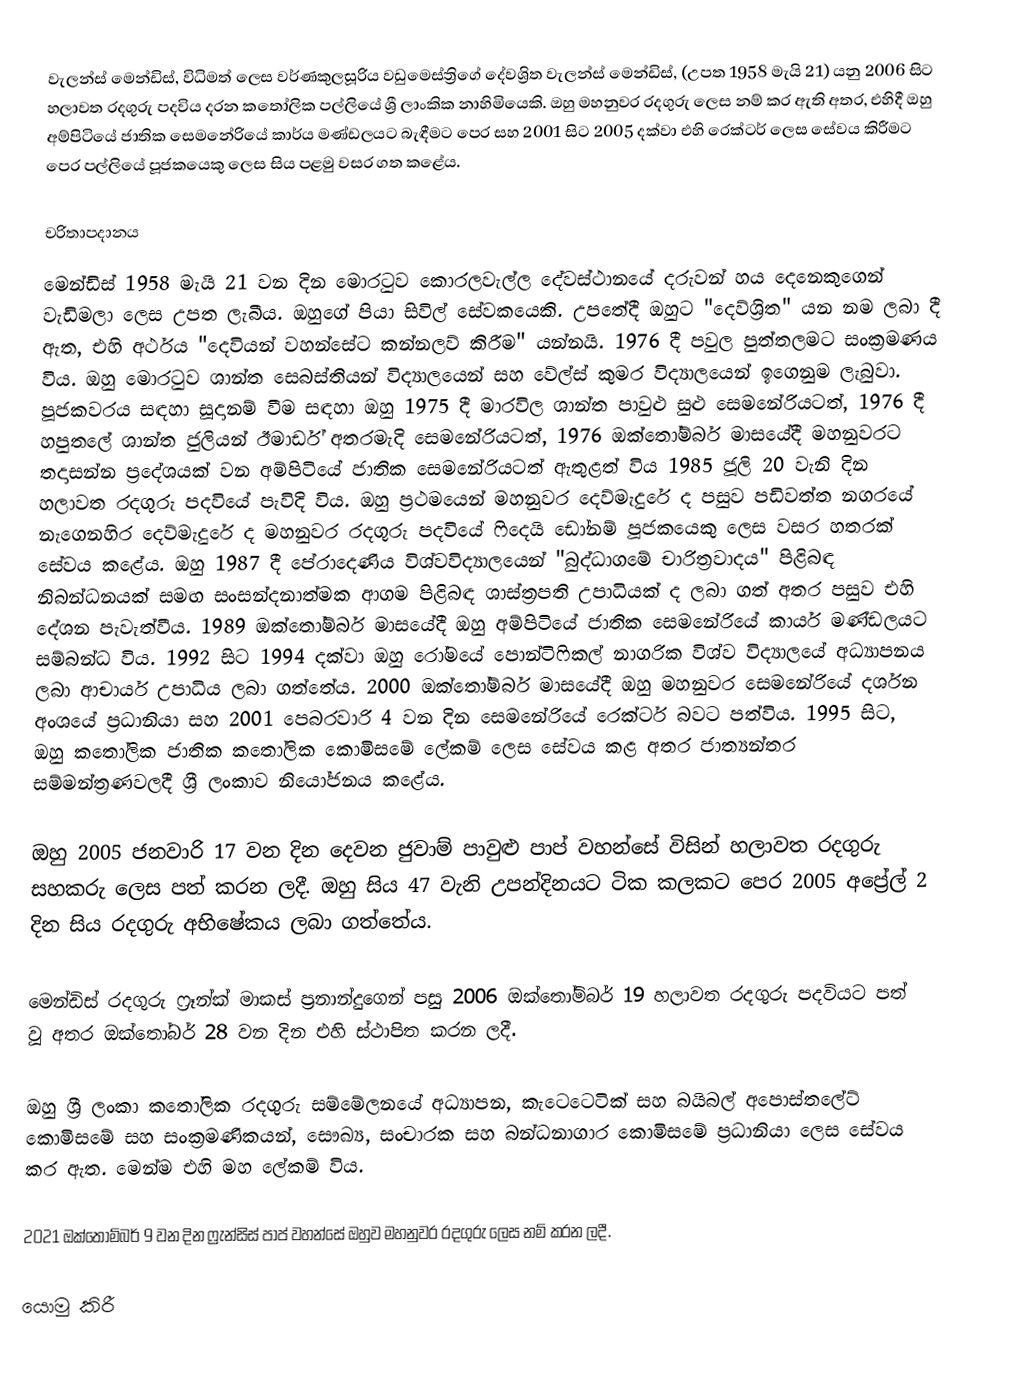
වැලන්ස් මෙන්ඩිස්,  විධිමත් ලෙස වර්ණකුලසූරිය වඩුමෙස්ත්‍රිගේ දේවශ්‍රිත වැලන්ස් මෙන්ඩිස්, (උපත 1958 මැයි 21) යනු 2006 සිට හලාවත රදගුරු පදවිය දරන කතෝලික පල්ලියේ ශ්‍රී ලාංකික නාහිමියෙකි. ඔහු මහනුවර රදගුරු ලෙස නම් කර ඇති අතර, එහිදී ඔහු අම්පිටියේ ජාතික සෙමනේරියේ කාර්ය මණ්ඩලයට බැඳීමට පෙර සහ 2001 සිට 2005 දක්වා එහි රෙක්ටර් ලෙස සේවය කිරීමට පෙර පල්ලියේ පූජකයෙකු ලෙස සිය පළමු වසර ගත කළේය.

චරිතාපදානය
මෙන්ඩිස් 1958 මැයි 21 වන දින මොරටුව කොරලවැල්ල දේවස්ථානයේ  දරුවන් හය දෙනෙකුගෙන් වැඩිමලා ලෙස උපත ලැබීය.  ඔහුගේ පියා සිවිල් සේවකයෙකි.  උපතේදී ඔහුට "දෙව්ශ්‍රිත" යන නම ලබා දී ඇත, එහි අර්ථය "දෙවියන් වහන්සේට කන්නලව් කිරීම" යන්නයි.  1976 දී පවුල පුත්තලමට සංක්‍රමණය විය.  ඔහු මොරටුව ශාන්ත සෙබස්තියන් විද්‍යාලයෙන් සහ වේල්ස් කුමර විද්‍යාලයෙන් ඉගෙනුම ලැබුවා. පූජකවරය සඳහා සූදානම් වීම සඳහා ඔහු 1975 දී මාරවිල ශාන්ත පාවුළු සුළු සෙමනේරියටත්, 1976 දී හපුතලේ ශාන්ත ජුලියන් ඊමාර්ඩ් අතරමැදි සෙමනේරියටත්, 1976 ඔක්තෝම්බර් මාසයේදී මහනුවරට තදාසන්න ප්‍රදේශයක් වන අම්පිටියේ ජාතික සෙමනේරියටත් ඇතුළත් විය  1985 ජූලි 20 වැනි දින හලාවත රදගුරු පදවියේ පැවිදි විය. ඔහු ප්‍රථමයෙන් මහනුවර දෙව්මැදුරේ ද පසුව පඩිවත්ත නගරයේ නැගෙනහිර දෙව්මැදුරේ ද මහනුවර රදගුරු පදවියේ ෆිදෙයි ඩෝනම් පූජකයෙකු ලෙස වසර හතරක් සේවය කළේය. ඔහු 1987 දී පේරාදෙණිය විශ්වවිද්‍යාලයෙන් "බුද්ධාගමේ චාරිත්‍රවාදය"  පිළිබඳ නිබන්ධනයක් සමඟ සංසන්දනාත්මක ආගම පිළිබඳ ශාස්ත්‍රපති උපාධියක් ද ලබා ගත් අතර පසුව එහි දේශන පැවැත්වීය. 1989 ඔක්තෝම්බර් මාසයේදී ඔහු අම්පිටියේ ජාතික සෙමනේරියේ කාර්ය මණ්ඩලයට සම්බන්ධ විය. 1992 සිට 1994 දක්වා ඔහු රෝමයේ පොන්ටිෆිකල් නාගරික විශ්ව විද්‍යාලයේ අධ්‍යාපනය ලබා ආචාර්ය උපාධිය ලබා ගත්තේය. 2000 ඔක්තෝම්බර් මාසයේදී ඔහු මහනුවර සෙමනේරියේ දර්ශන අංශයේ ප්‍රධානියා සහ 2001 පෙබරවාරි 4 වන දින සෙමනේරියේ රෙක්ටර් බවට පත්විය. 1995 සිට, ඔහු කතෝලික ජාතික කතෝලික කොමිසමේ ලේකම් ලෙස සේවය කළ අතර ජාත්‍යන්තර සම්මන්ත්‍රණවලදී ශ්‍රී ලංකාව නියෝජනය කළේය.

ඔහු 2005 ජනවාරි 17 වන දින දෙවන ජුවාම් පාවුළු පාප් වහන්සේ විසින් හලාවත රදගුරු සහකරු ලෙස පත් කරන ලදී.  ඔහු සිය 47 වැනි උපන්දිනයට ටික කලකට පෙර 2005 අප්‍රේල් 2 දින සිය රදගුරු අභිෂේකය ලබා ගත්තේය.

මෙන්ඩිස් රදගුරු ෆ්‍රෑන්ක් මාකස් ප්‍රනාන්දුගෙන් පසු 2006 ඔක්තෝම්බර් 19  හලාවත රදගුරු පදවියට පත් වූ අතර ඔක්තෝබර් 28 වන දින එහි ස්ථාපිත කරන ලදී.

ඔහු ශ්‍රී ලංකා කතෝලික රදගුරු සම්මේලනයේ අධ්‍යාපන, කැටෙටෙටික් සහ බයිබල් අපොස්තලේට් කොමිසමේ සහ සංක්‍රමණිකයන්, සෞඛ්‍ය, සංචාරක සහ බන්ධනාගාර කොමිසමේ ප්‍රධානියා ලෙස සේවය කර ඇත.  මෙන්ම එහි මහ ලේකම් විය.

2021 ඔක්තෝම්බර් 9 වන දින ෆ්‍රැන්සිස් පාප් වහන්සේ ඔහුව මහනුවර රදගුරු ලෙස නම් කරන ලදී.

යොමු කිරී